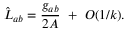
\hat { L } _ { a b } = { \frac { g _ { a b } } { 2 A } } ~ + ~ { \cal O } ( 1 / k ) .